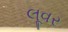
લૂવર